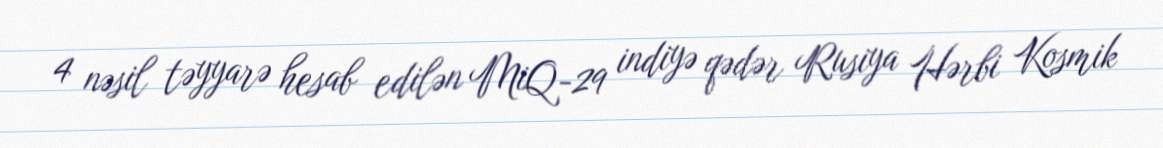
4 nəsil təyyarə hesab edilən MiQ-29 indiyə qədər Rusiya Hərbi Kosmik